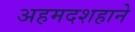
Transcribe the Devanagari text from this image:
अहमदशहाने